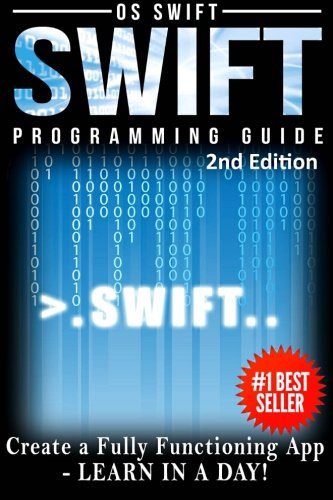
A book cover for Programming Swift: Create A Fully Function App: Learn In A Day!; Os Swift; Computers & Technology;